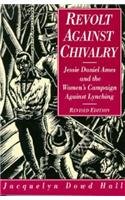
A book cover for Revolt Against Chivalry; Jacquelyn Dowd Hall; Gay & Lesbian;